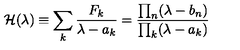
{ \cal H } ( \lambda ) \equiv \sum _ { k } { \frac { F _ { k } } { \lambda - a _ { k } } } = { \frac { \prod _ { n } ( \lambda - b _ { n } ) } { \prod _ { k } ( \lambda - a _ { k } ) } }